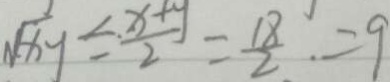
\sqrt { x y } = \frac { x + y } { 2 } = \frac { 1 8 } { 2 } = 9